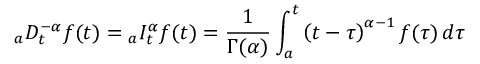
_ { a } D _ { t } ^ { - \alpha } f ( t ) = { } _ { a } I _ { t } ^ { \alpha } f ( t ) = { \frac { 1 } { \Gamma ( \alpha ) } } \int _ { a } ^ { t } \left( t - \tau \right) ^ { \alpha - 1 } f ( \tau ) \, d \tau